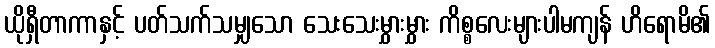
ယိုရှီတာကာနှင့် ပတ်သက်သမျှသော သေးသေးမွှားမွှား ကိစ္စလေးများပါမကျန် ဟိရောမိ၏